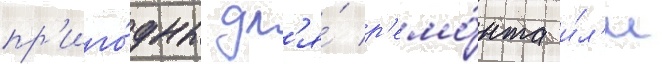
пр'иго́дны дл'я́ р'емо́нта и́л'и